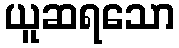
ယူဆရသော